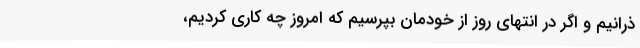
ذرانیم و اگر در انتهای روز از خودمان بپرسیم که امروز چه کاری کردیم،